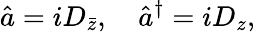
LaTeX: \hat{a}=i{D}_{\bar{z}},\quad\hat{a}^{\dagger}=i{D}_{z},